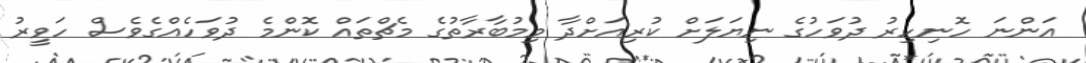
އަންނަ ހޮނިހިރު ދުވަހުގެ ނިޔަލަށް ކުރިއަށްދާ މިމުބާރާތުގެ މެޗްތައް ކޮންމެ ދުވަހެއްގެވެސް ހަވީރު